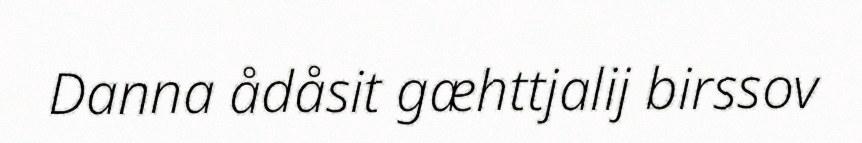
Danna ådåsit gæhttjalij birssov